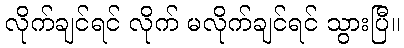
လိုက်ချင်ရင် လိုက် မလိုက်ချင်ရင် သွားပြီ။